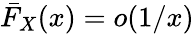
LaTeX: {\bar{F}}_{X}(x)=o(1/x)